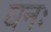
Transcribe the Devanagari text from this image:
घनः